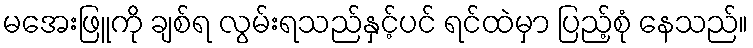
မအေးဖြူကို ချစ်ရ လွမ်းရသည်နှင့်ပင် ရင်ထဲမှာ ပြည့်စုံ နေသည်။